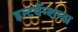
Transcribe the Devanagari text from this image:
इन्टर्वेन्शन्स